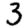
Digit: 3